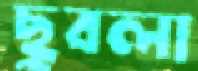
ছুবলা